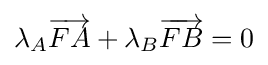
\lambda _{A}{\overrightarrow {FA}}+\lambda _{B}{\overrightarrow {FB}}=0